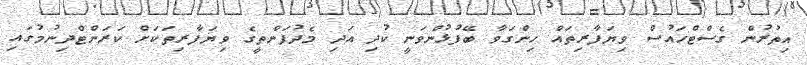
އިތުރުން ގެސްޓްހައުސް ވިޔަފާރިތައް ހިންގަވާ ބޭފުޅުންވަނީ ކުދި އަދި މެދުފަންތީގެ ވިޔަފާރިތަކަށް ކަރަންޓްދިނުމުގައި